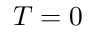
T = 0